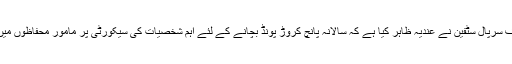
اسکاٹ لینڈ یارڈ کے چیف سرپال سٹفین نے عندیہ ظاہر کیا ہے کہ سالانہ پانچ کروڑ پونڈ بچانے کے لئے اہم شخصیات کی سیکورٹی پر مامور محفاظوں میں کمی کی جا سکتی ہے۔